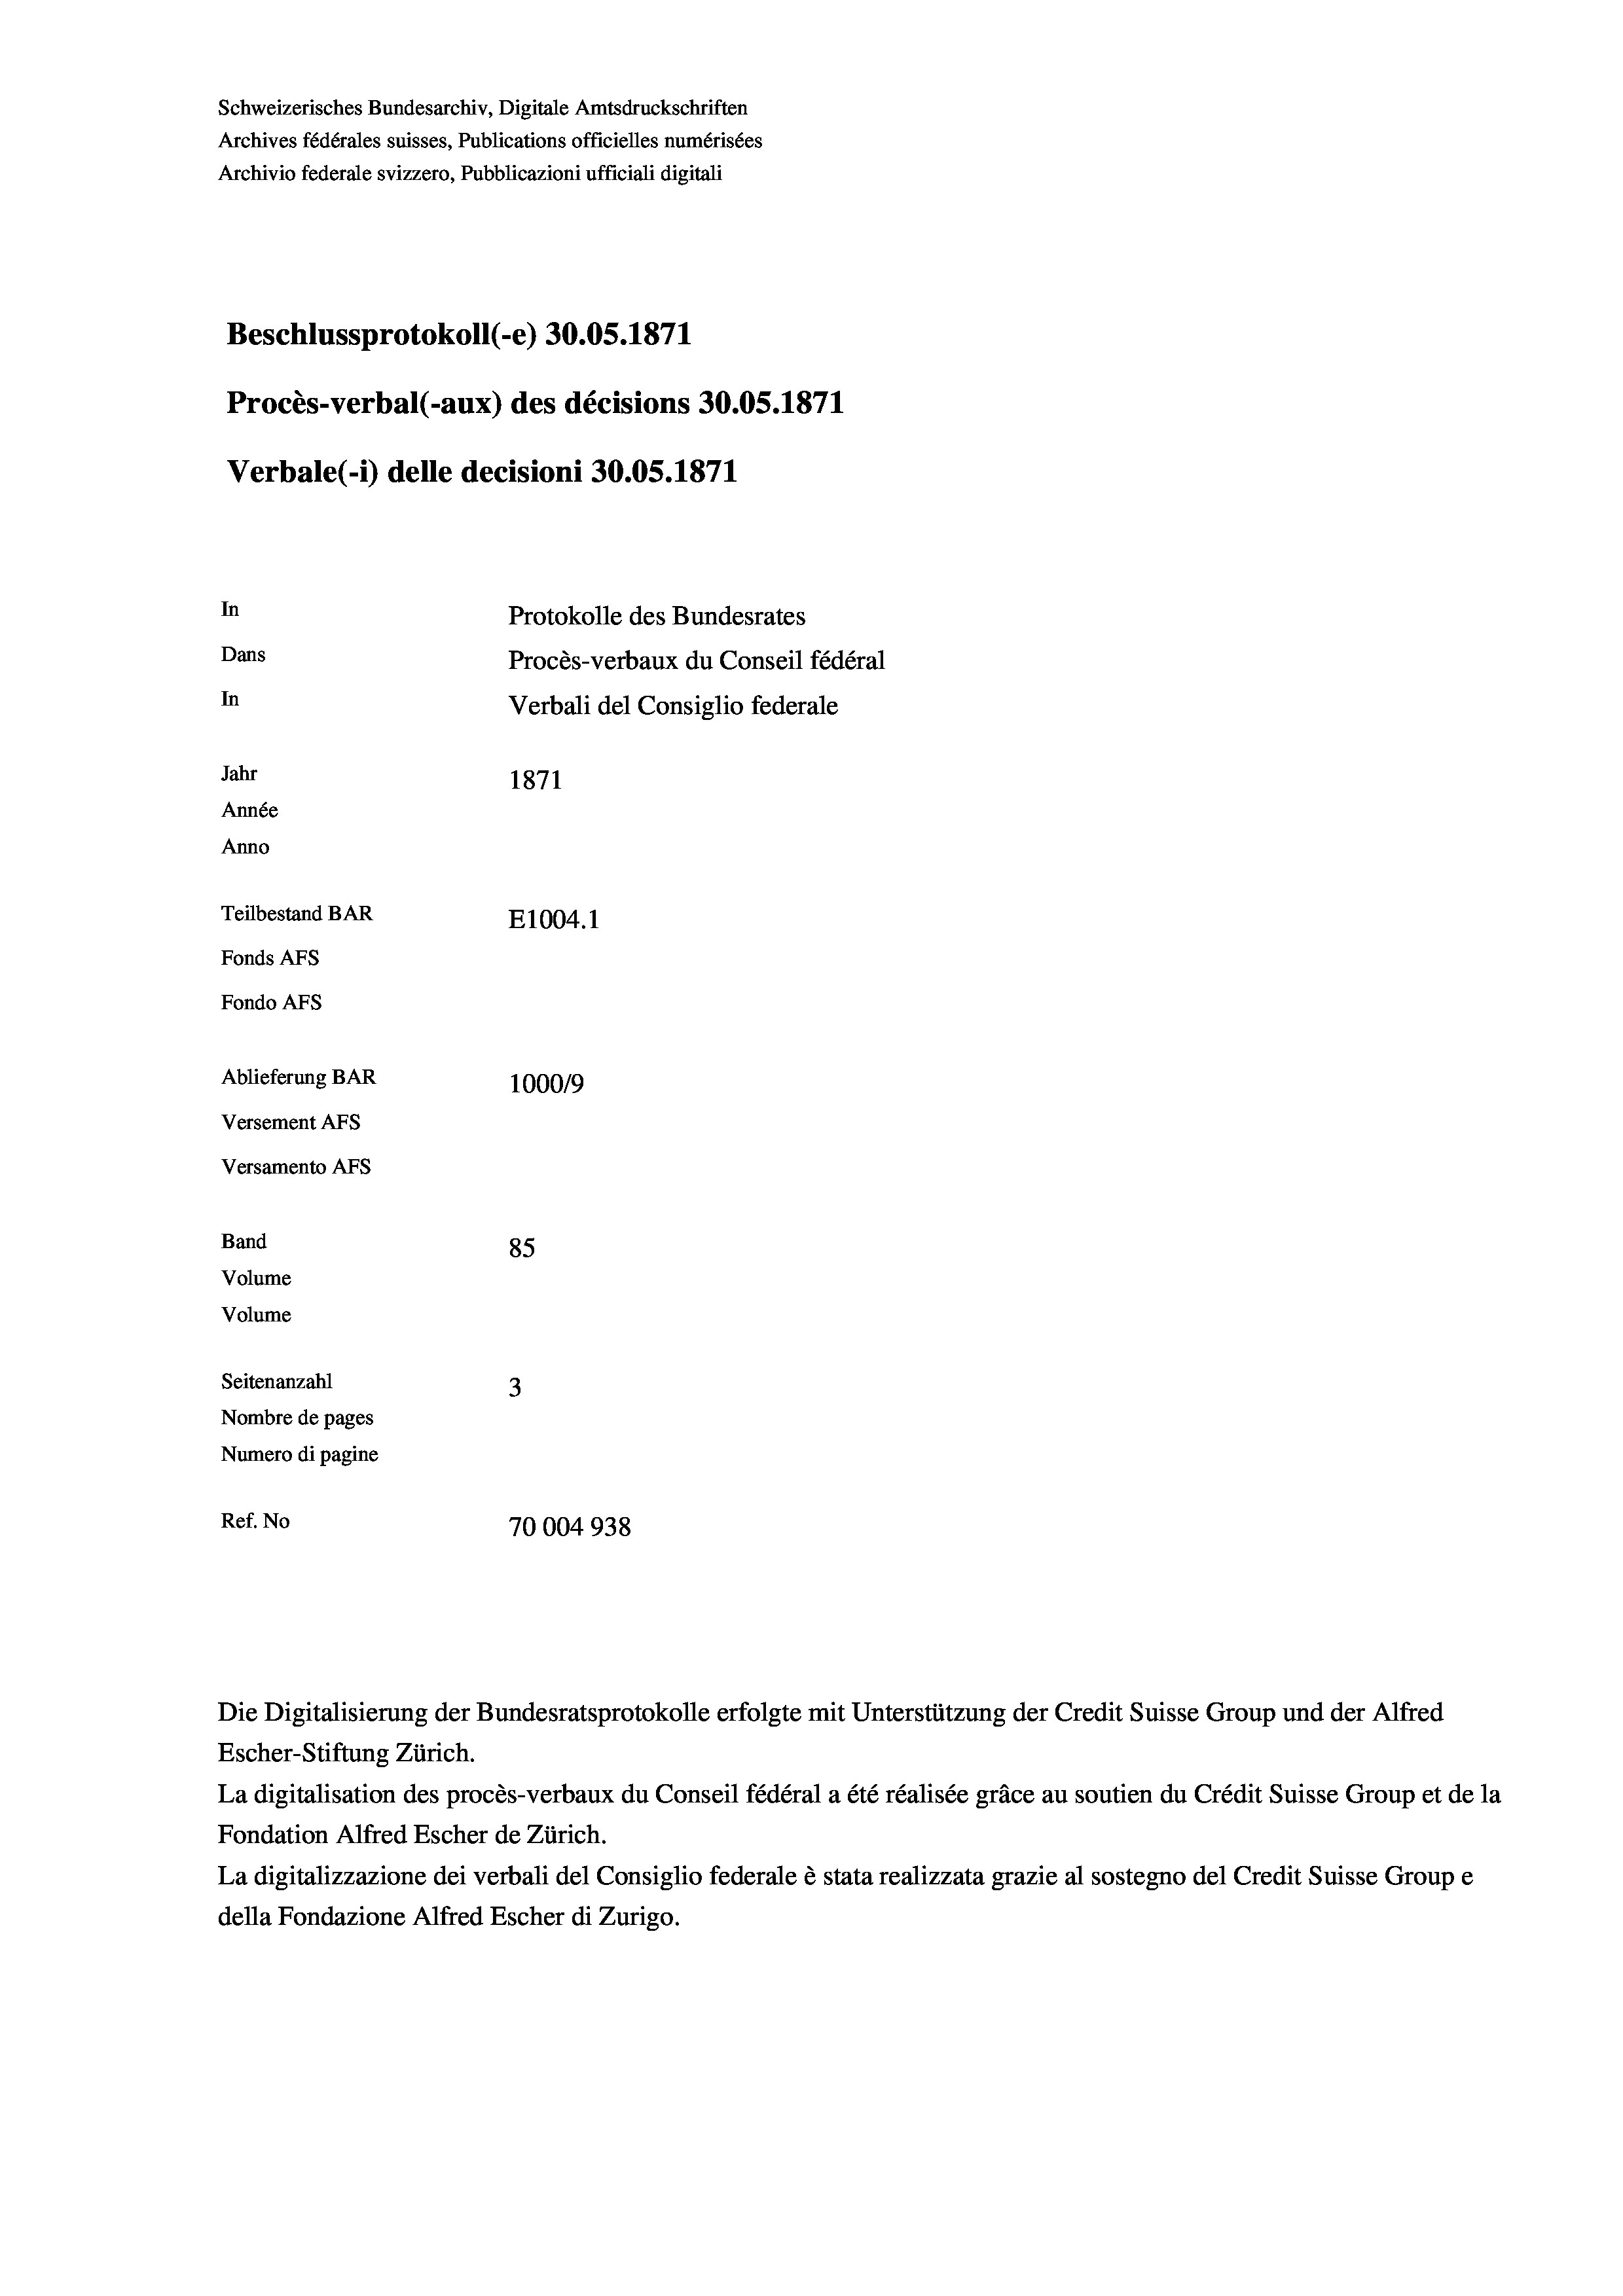
Schweizerisches Bundesarchiv, Digitale Amtsdruckschriften
Archives fédérales suisses, Publications officielles numérisées
Archivio federale svizzero, Pubblicazioni ufficiali digitali
Beschlussprotokoll (-e) 30.05. 1871
Procès-verbal (-aux) des décisions 30.05. 1871
Verbale (1) delle decisioni 30.05. 1871
In
Protokolle des Bundesrates
Dans
Procès-verbaux du Conseil fédéral
In
Verbali del Consiglio federale
Jahr
1871
Année
Anno
Teilbestand BAR
E1004.1
Fonds AFs
Fondo AFs

Ablieferung BAR
Versement AFS
Versamento Afs
Band
Volume
Volume
Seitenanzahl

100019
85
3
Nombre de pages
Numero di pagine
Ref. No
70004938

Escher-Stiftung Zürich.
La digitalisation des procès-verbaux du Conseil fédéral a été réalisée gräce au soutien du Crédit Suisse Group et de la
Fondation Alfred Escher de Zürich.
La digitalizzazione dei verbali del Consiglio federale è stata realizzata grazie al sostegno del Credit Suisse Groupe
della Fondazione Alfred Escher di Zurigo.

Die Digitalisierung der Bundesratsprotokolle erfolgte mit Unterstützung der Credit Suisse Group und der Alfred